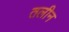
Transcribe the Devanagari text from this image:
तलीन